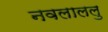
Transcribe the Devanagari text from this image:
नवलाललु